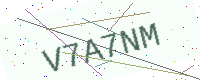
Text: V7A7NM